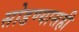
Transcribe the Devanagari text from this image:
सोडण्यासही